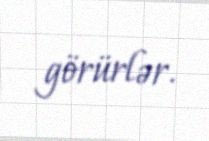
görürlər.